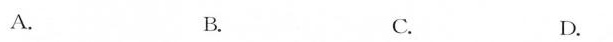
A. B. C. D.